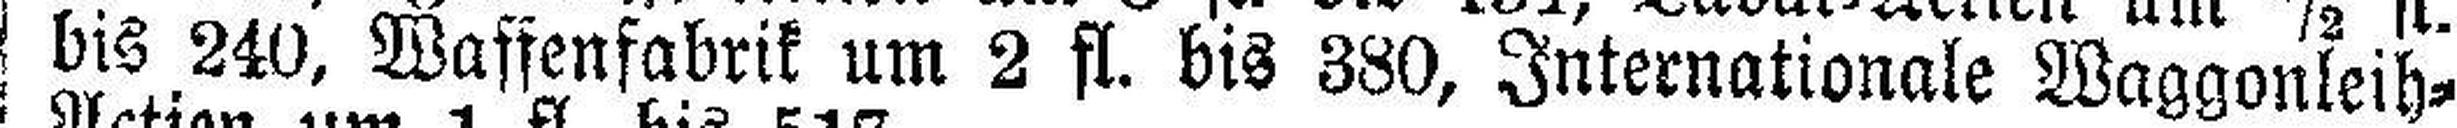
bis 240, Wassenfabrik um 2 fl. bis 380, Internationale Waggonleih=